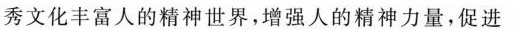
秀文化丰富人的精神世界，增强人的精神力量，促进